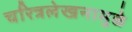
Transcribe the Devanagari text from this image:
चरित्रलेखनामुळे